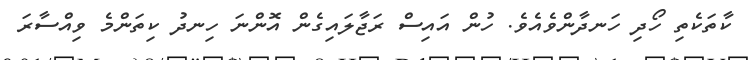
ކާތަކެތި ހޯދި ހަނދާންވެއެވެ. ހުން އައިސް ރަޖާލައިގެން އޮންނަ ހިނދު ކިތަންމެ ވިއްސާރަ